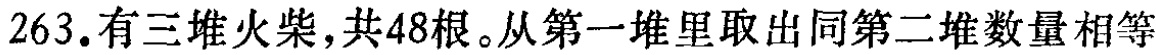
263. 有三堆火柴，共48根。从第一堆里取出同第二堆数量相等